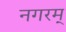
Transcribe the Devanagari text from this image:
नगरम्